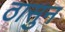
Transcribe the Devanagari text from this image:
ठासुन